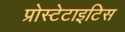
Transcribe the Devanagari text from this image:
प्रोस्टेटाइटिस